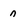
Character: n